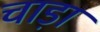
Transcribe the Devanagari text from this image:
चाड़ा